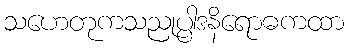
သဟေတုကသညုပ္ပါဒနိရောဓကထာ